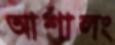
আশালং